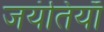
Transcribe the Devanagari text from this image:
जयंतियाँ